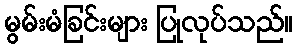
မွမ်းမံခြင်းများ ပြုလုပ်သည်။